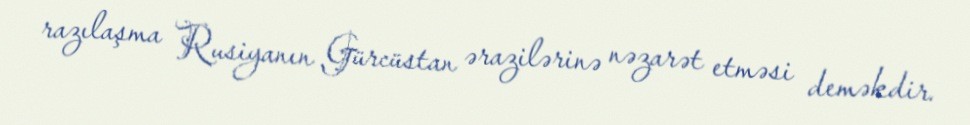
razılaşma Rusiyanın Gürcüstan ərazilərinə nəzarət etməsi deməkdir.